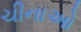
ચીનાઓ